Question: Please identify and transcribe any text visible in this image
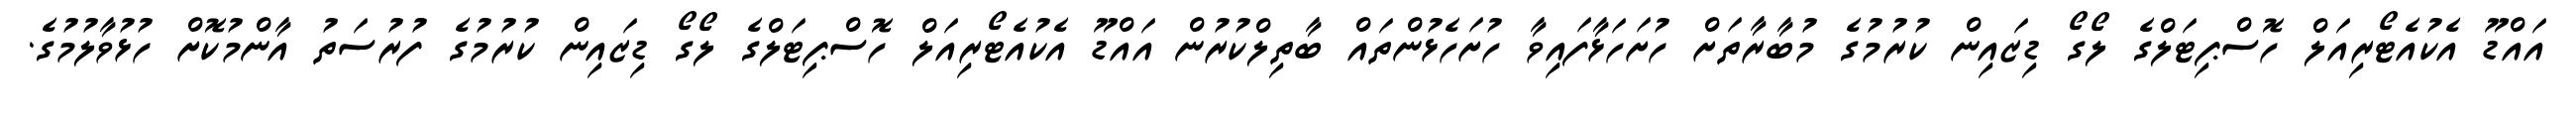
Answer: އައްޑޫ އެކުއެޓޯރިއަލް ހޮސްޕިޓަލްގެ ލޯގޯ ޑިޒައިން ކުރުމުގެ މުބާރާތަށް ހުށަހަޅާފައިވާ ހުށަހެޅުންތައް ބާތިލްކުރުން އައްޑޫ އެކުއެޓޯރިއަލް ހޮސްޕިޓަލްގެ ލޯގޯ ޑިޒައިން ކުރުމުގެ ފުރުސަތު އާންމުކޮށް ހުޅުވާލުމުގެ.